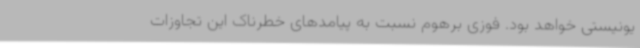
یونیستی خواهد بود. فوزی برهوم نسبت به پیامدهای خطرناک این تجاوزات